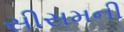
સીસમની